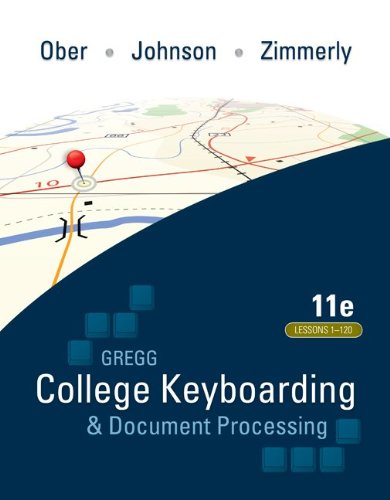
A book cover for Ober:  Kit 3: (Lessons 1-120) w/ Word 2010 Manual; Scot Ober; Law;